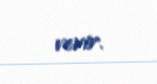
verir.